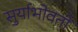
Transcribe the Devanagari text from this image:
सुर्याभोवतीं